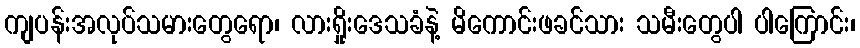
ကျပန်းအလုပ်သမားတွေရော၊ လားရှိုးဒေသခံနဲ့ မိကောင်းဖခင်သား သမီးတွေပါ ပါကြောင်း၊